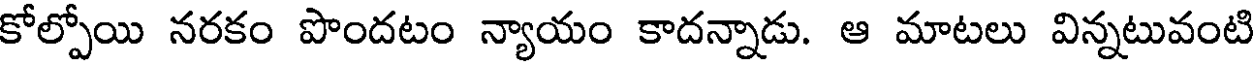
కోల్పోయి నరకం పొందటం న్యాయం కాదన్నాడు. ఆ మాటలు విన్నటువంటి